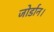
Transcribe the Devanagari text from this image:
जोर्डान।